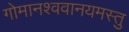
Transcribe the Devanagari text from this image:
गोमानश्ववानयमस्तु